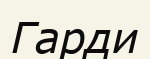
Гарди